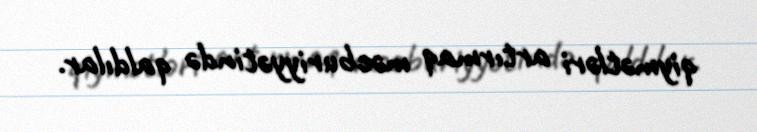
qiymətləri artırmaq məcburiyyətində qaldılar.